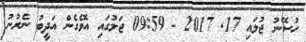
ހުސޭނު ޖުލައި 17